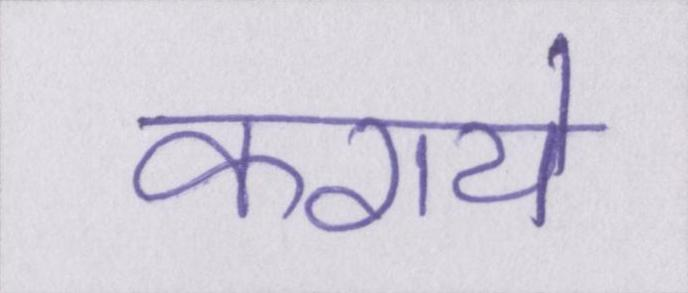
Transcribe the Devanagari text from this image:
कराये